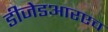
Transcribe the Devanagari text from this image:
डीजेडआरएच